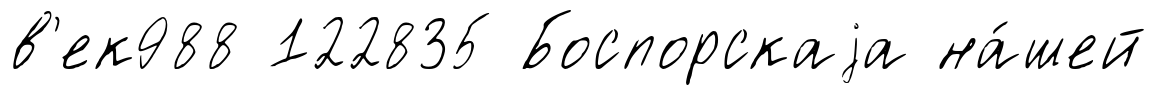
в'ек988 122835 Боспорскаjа на́шей